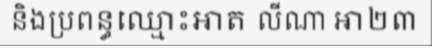
និងប្រពន្ធឈ្មោះអាត លីណា អា២៣